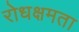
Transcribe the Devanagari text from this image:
रोधक्षमता